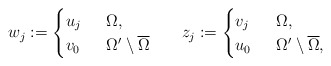
\begin{align*}w_{j}:=\begin{cases} u_{j}&\;\;\Omega,\\ v_{0}&\;\;\Omega'\setminus\overline{\Omega}\end{cases}\;\;\;\;\;\;z_{j}:=\begin{cases} v_{j}&\;\;\Omega,\\ u_{0}&\;\;\Omega'\setminus\overline{\Omega},\end{cases}\end{align*}